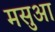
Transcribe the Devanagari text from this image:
मसुआ